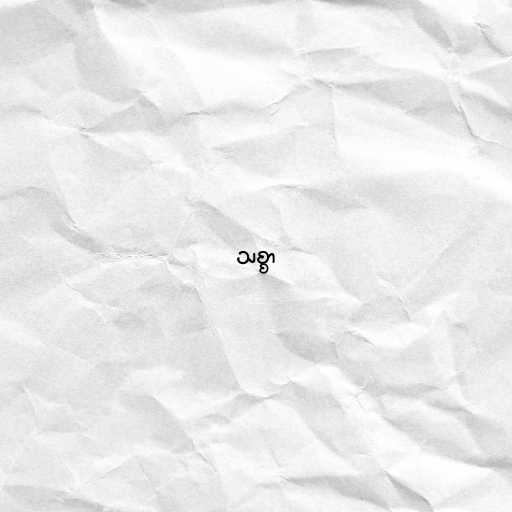
သစ္စာ